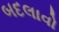
બદલાવો